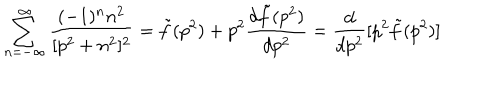
LaTeX: \sum _ { n = - \infty } ^ { \infty } { \frac { ( - 1 ) ^ { n } n ^ { 2 } } { [ p ^ { 2 } + n ^ { 2 } ] ^ { 2 } } } = { \tilde { f } } ( p ^ { 2 } ) + p ^ { 2 } { \frac { d { \tilde { f } } ( p ^ { 2 } ) } { d p ^ { 2 } } } = { \frac { d } { d p ^ { 2 } } } [ p ^ { 2 } { \tilde { f } } ( p ^ { 2 } ) ]